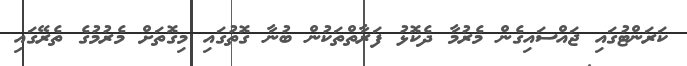
ކަރަންޓުގައި ޖައްސައިގެން މެރުމާ ދެކޮޅު ފަރާތްތަކުން ބުނާ ގޮތުގައި މިގޮތަށް މެރުމުގެ ތެރޭގައި